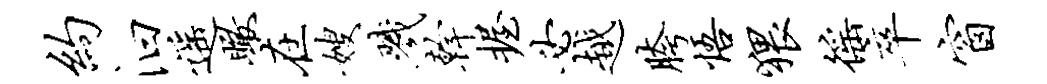
约汩遥瞰在嫂戮干握必越胯悟猥徭卒窗